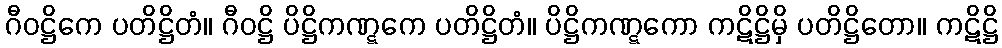
ဂီဝဋ္ဌိကေ ပတိဋ္ဌိတံ။ ဂီဝဋ္ဌိ ပိဋ္ဌိကဏ္ဋကေ ပတိဋ္ဌိတံ။ ပိဋ္ဌိကဏ္ဋကော ကဋိဋ္ဌိမှိ ပတိဋ္ဌိတော။ ကဋိဋ္ဌိ